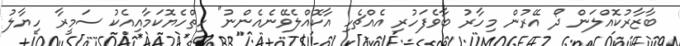
ބާޒާރުކޮއްލަން ދޯ އޭރުން މިހާރު ބާވެފަހުރި އެއްޗެހި އާކޮއްލެވޭނެއެންނު" ހިތްހެޔޮކަމާއިއެކު ސަމީރާ ހިޔާލު